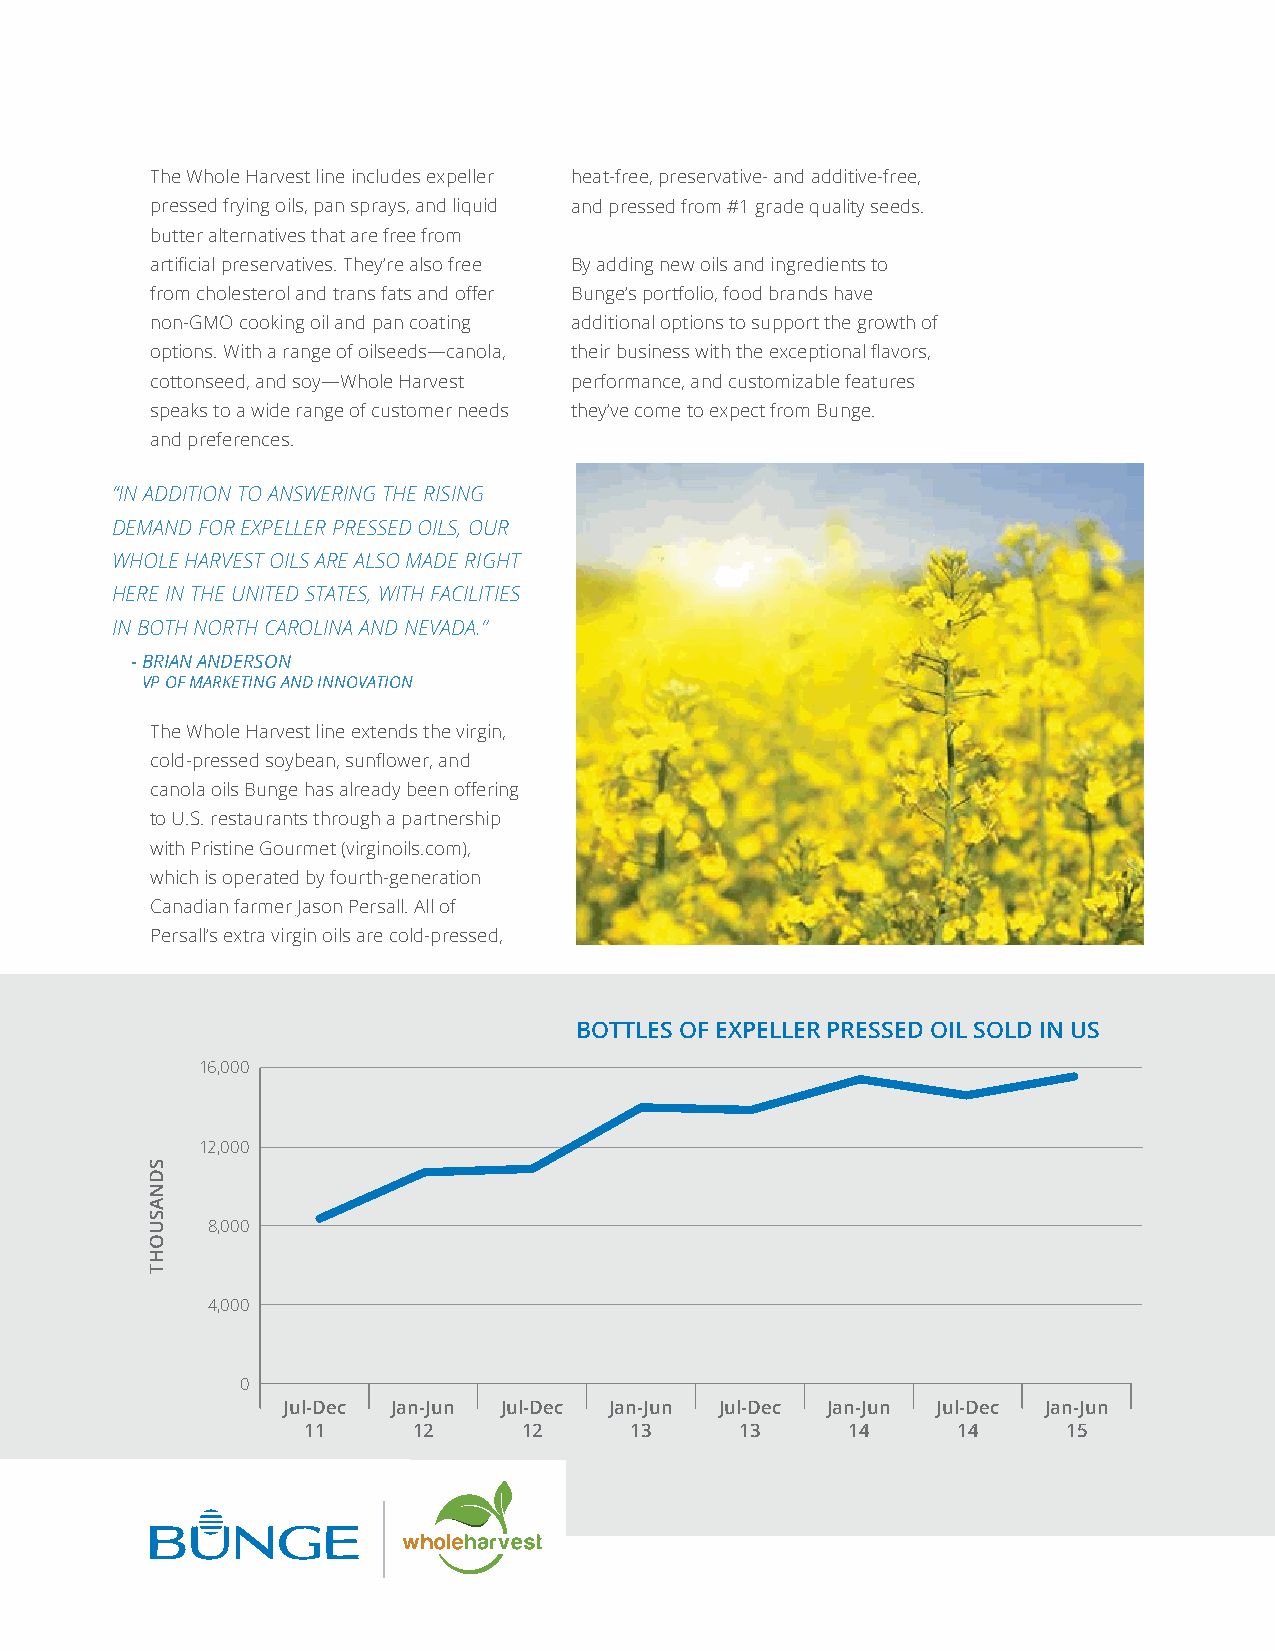
The Whole Harvest line includes expeller heat-free, preservative- and additive-free,
 pressed frying oils, pan sprays, and liquid and pressed from #1 grade quality seeds.
 butter alternatives that are free from
 artificial preservatives. They’re also free By adding new oils and ingredients to
 from cholesterol and trans fats and offer Bunge’s portfolio, food brands have
 non-GMO cooking oil and pan coating additional options to support the growth of
 options. With a range of oilseeds—canola, their business with the exceptional flavors,
 cottonseed, and soy—Whole Harvest performance, and customizable features
 speaks to a wide range of customer needs they’ve come to expect from Bunge.
 and preferences.
 “IN ADDITION TO ANSWERING THE RISING
 DEMAND FOR EXPELLER PRESSED OILS, OUR
 WHOLE HARVEST OILS ARE ALSO MADE RIGHT
 HERE IN THE UNITED STATES, WITH FACILITIES
 IN BOTH NORTH CAROLINA AND NEVADA.”
 - BRIAN ANDERSON
 VP OF MARKETING AND INNOVATION
 The Whole Harvest line extends the virgin,
 cold-pressed soybean, sunflower, and
 canola oils Bunge has already been offering
 to U.S. restaurants through a partnership
 with Pristine Gourmet (virginoils.com),
 which is operated by fourth-generation
 Canadian farmer Jason Persall. All of
 Persall’s extra virgin oils are cold-pressed,
 BOTTLES OF EXPELLER PRESSED OIL SOLD IN US
 16,000
 12,000
 8,000
 4,000
 0
 Jul-Dec Jan-Jun Jul-Dec Jan-Jun Jul-Dec Jan-Jun Jul-Dec Jan-Jun
 11     12      12     13     13     14     14      15
 SDNASUOHT